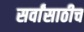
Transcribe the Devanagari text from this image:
सर्वांसाठीच